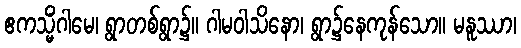
ဧကသ္မိံဂါမေ၊ ရွာတစ်ရွာ၌။ ဂါမဝါသိနော၊ ရွာ၌နေကုန်သော။ မနူဿာ၊